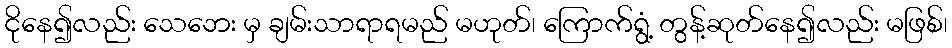
ငိုနေ၍လည်း သေဘေး မှ ချမ်းသာရာရမည် မဟုတ်၊ ကြောက်ရွံ့ တွန့်ဆုတ်နေ၍လည်း မဖြစ်၊